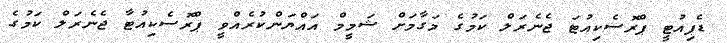
ޑެޕިއުޓީ ޕްރޮސެކިއުޓަ ޖެނެރަލް ކަމުގެ މަގާމަށް ޝަމީމް އައްޔަންކުރެއްވީ ޕްރޮސެކިއުޓާ ޖެނެރަލް ކަމުގެ